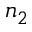
n _ { 2 }